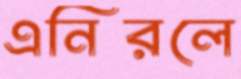
এনিরলে